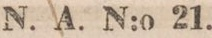
N. A. N:o 21.